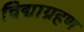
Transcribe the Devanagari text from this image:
विद्याग्रहण